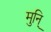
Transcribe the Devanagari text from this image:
मुनि्